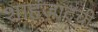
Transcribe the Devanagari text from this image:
शाहजादची